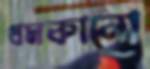
ধমকানো